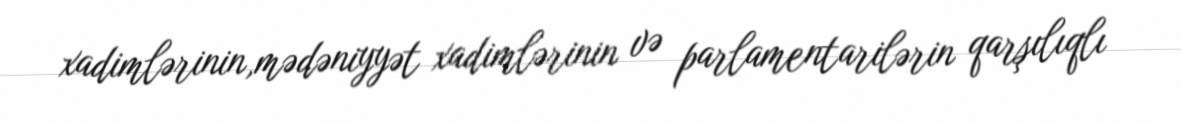
xadimlərinin,mədəniyyət xadimlərinin və parlamentarilərin qarşılıqlı